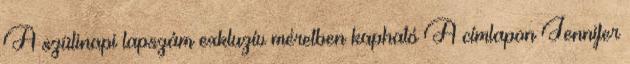
A szülinapi lapszám exkluzív méretben kapható A címlapon Jennifer